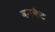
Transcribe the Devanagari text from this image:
वनकैट